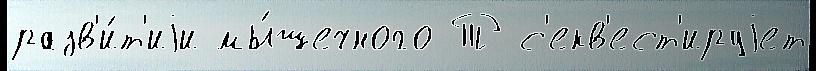
разв'и́т'иjи мы́шечного Т с'екв'ест'ируjет